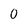
Character: 0